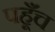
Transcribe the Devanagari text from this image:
पहूँच